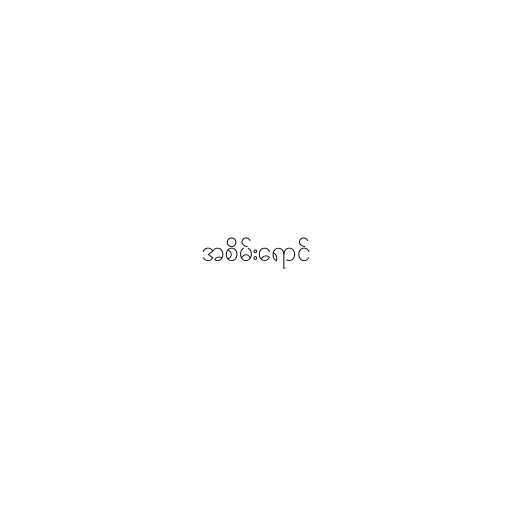
အစိမ်းရောင်